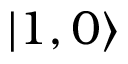
| 1 , 0 \rangle